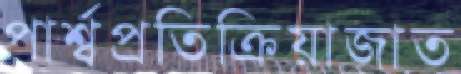
পার্শ্বপ্রতিক্রিয়াজাত